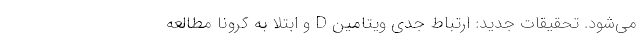
می‌شود. تحقیقات جدید: ارتباط جدی ویتامین D و ابتلا به کرونا مطالعه